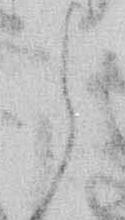
と